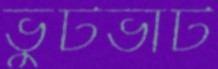
ভুটভাট